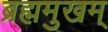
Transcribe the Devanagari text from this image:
ब्रह्ममुखम्